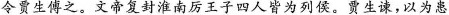
令贾生傅之，文帝复封淮南厉王秀四人皆为列侯，贾生谏，以为患